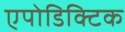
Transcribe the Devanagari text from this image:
एपोडिक्टिक